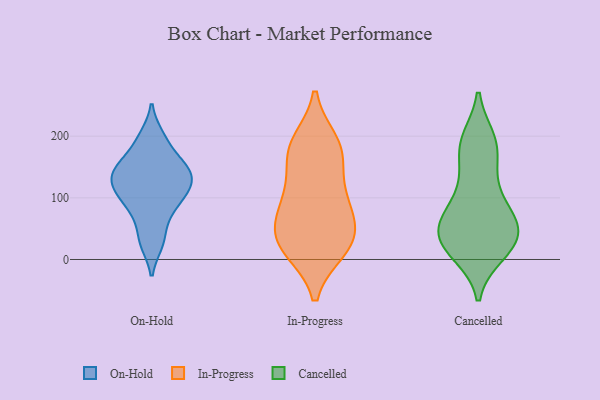
{"axis": {"x": "Website Visitors", "y": "Value"}, "legend": ["Cancelled", "In-Progress", "On-Hold"], "data": [{"x": "", "y": 165, "type": "On-Hold"}, {"x": "", "y": 107, "type": "On-Hold"}, {"x": "", "y": 58, "type": "On-Hold"}, {"x": "", "y": 196, "type": "On-Hold"}, {"x": "", "y": 97, "type": "On-Hold"}, {"x": "", "y": 200, "type": "On-Hold"}, {"x": "", "y": 159, "type": "On-Hold"}, {"x": "", "y": 82, "type": "On-Hold"}, {"x": "", "y": 120, "type": "On-Hold"}, {"x": "", "y": 132, "type": "On-Hold"}, {"x": "", "y": 150, "type": "On-Hold"}, {"x": "", "y": 135, "type": "On-Hold"}, {"x": "", "y": 27, "type": "On-Hold"}, {"x": "", "y": 133, "type": "On-Hold"}, {"x": "", "y": 146, "type": "On-Hold"}, {"x": "", "y": 119, "type": "On-Hold"}, {"x": "", "y": 26, "type": "On-Hold"}, {"x": "", "y": 91, "type": "On-Hold"}, {"x": "", "y": 21, "type": "In-Progress"}, {"x": "", "y": 109, "type": "In-Progress"}, {"x": "", "y": 67, "type": "In-Progress"}, {"x": "", "y": 41, "type": "In-Progress"}, {"x": "", "y": 182, "type": "In-Progress"}, {"x": "", "y": 23, "type": "In-Progress"}, {"x": "", "y": 174, "type": "In-Progress"}, {"x": "", "y": 98, "type": "In-Progress"}, {"x": "", "y": 88, "type": "In-Progress"}, {"x": "", "y": 17, "type": "In-Progress"}, {"x": "", "y": 167, "type": "In-Progress"}, {"x": "", "y": 189, "type": "In-Progress"}, {"x": "", "y": 37, "type": "In-Progress"}, {"x": "", "y": 20, "type": "Cancelled"}, {"x": "", "y": 187, "type": "Cancelled"}, {"x": "", "y": 129, "type": "Cancelled"}, {"x": "", "y": 25, "type": "Cancelled"}, {"x": "", "y": 39, "type": "Cancelled"}, {"x": "", "y": 129, "type": "Cancelled"}, {"x": "", "y": 67, "type": "Cancelled"}, {"x": "", "y": 193, "type": "Cancelled"}, {"x": "", "y": 25, "type": "Cancelled"}, {"x": "", "y": 186, "type": "Cancelled"}, {"x": "", "y": 22, "type": "Cancelled"}, {"x": "", "y": 63, "type": "Cancelled"}, {"x": "", "y": 183, "type": "Cancelled"}, {"x": "", "y": 64, "type": "Cancelled"}, {"x": "", "y": 73, "type": "Cancelled"}, {"x": "", "y": 11, "type": "Cancelled"}, {"x": "", "y": 82, "type": "Cancelled"}, {"x": "", "y": 41, "type": "Cancelled"}]}